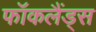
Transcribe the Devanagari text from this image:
फॉकलैंड्स